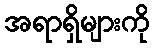
အရာရှိများကို